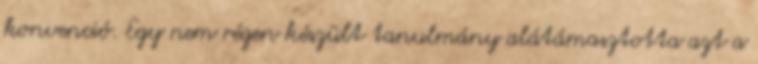
konvenció. Egy nem régen készült tanulmány alátámasztotta azt a